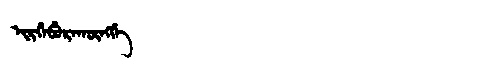
Manchu: ᡳᡵᡤᡝᠪᡠᡵᠠᡴᡡᠩᡤᡝ
Romanization: IRGEBURAKŪNGGE